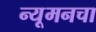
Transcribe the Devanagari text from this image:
न्यूमनचा